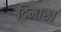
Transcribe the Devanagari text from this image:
दिमाख